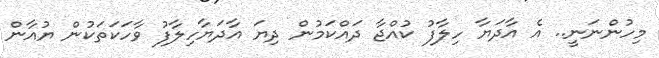
މިހުންނަނީ.. އެ އާދަޔާ ހިލާފު ކުއްޖާ ދައްކަމުން ދިޔަ އާދަޔާހިލާފު ވާހަކަތަކުން ޔުއާން